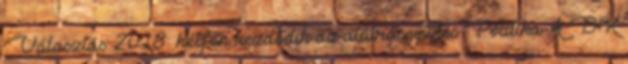
Választás 2018: hétfőn kezdődik az aláírásgyűjtés Politika A DK